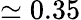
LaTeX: \simeq 0.35